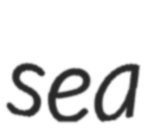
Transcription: sea